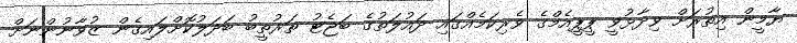
ޔާމީން އިތުރަށް ވިދާޅުވީ ޕީޕީއެމްގެ ވެރިކަމެއްގައި ދައުލަތުގެ ބަޖެޓު ތަރުތީބު ބަދަލުކޮށްލައިގެން ޒުވާނުންނަށް